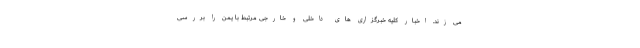
می زند. اخبار کلیه خبرگزاری های داخلی و خارجی مرتبط با یمن را بررسی